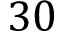
3 0